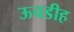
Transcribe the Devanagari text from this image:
ऊचडीह